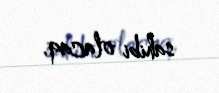
sahibi olacaq.